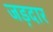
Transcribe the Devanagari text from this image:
जड़दार